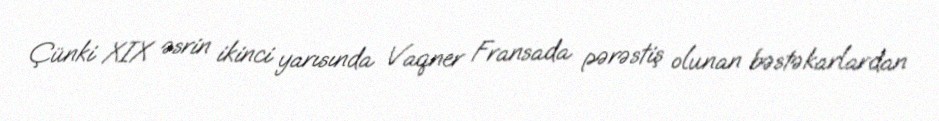
Çünki XIX əsrin ikinci yarısında Vaqner Fransada pərəstiş olunan bəstəkarlardan